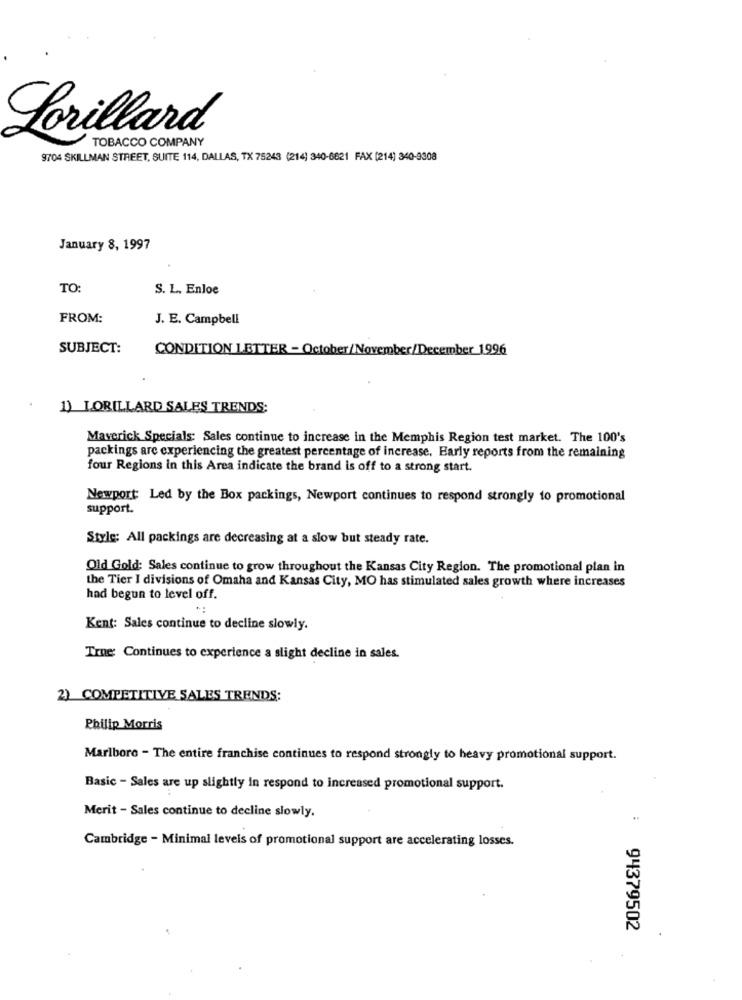
Lorillard
TOBACCO COMPANY
9704 SKILLMAN STREET, SUITE 114, DALLAS, TX 75243 (214) 340-6621 FAX (214) 340-9308
January 8, 1997
TO:
S. L. Enloe
FROM:
J. E. Campbell
SUBJECT:
CONDITION LETTER - October/November/December 1996
1) LORILLARD SALES TRENDS;
Maverick Specials: Sales continue to increase in the Memphis Region test market. The 100's
packings are experiencing the greatest percentage of increase. Early reports from the remaining
four Regions in this Area indicate the brand is off to a strong start.
Newport: Led by the Box packings, Newport continues to respond strongly to promotional
support.
Style: All packings are decreasing at a slow but steady rate.
Old Gold: Sales continue to grow throughout the Kansas City Region. The promotional plan in
the Tier I divisions of Omaha and Kansas City, MO has stimulated sales growth where increases
had begun to level off.
Kent: Sales continue to decline slowly.
True: Continues to experience a slight decline in sales.
2) COMPETITIVE SALES TRENDS:
Philip Morris
Marlboro - The entire franchise continues to respond strongly to heavy promotional support.
Basic - Sales are up slightly in respond to increased promotional support.
Merit - Sales continue to decline slowly.
Cambridge - Minimal levels of promotional support are accelerating losses.
: 94379502